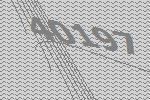
40197